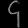
Digit: ၄